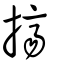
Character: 擠